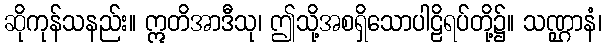
ဆိုကုန်သနည်း။ ဣတိအာဒီသု၊ ဤသို့အစရှိသောပါဠိရပ်တို့၌။ သဏ္ဌာနံ၊